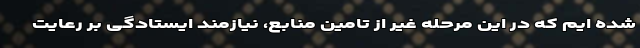
شده ایم که در این مرحله غیر از تامین منابع، نیازمند ایستادگی بر رعایت